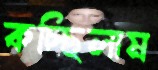
কচ্ছিলাম